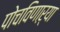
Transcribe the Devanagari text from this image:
पोचविणाऱ्या